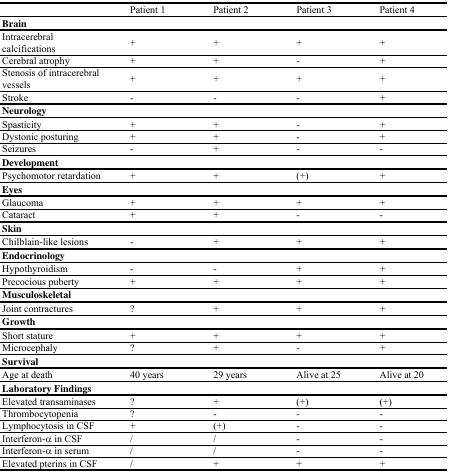
<table><thead><tr><td></td><td><b>Patient 1</b></td><td><b>Patient 2</b></td><td><b>Patient 3</b></td><td><b>Patient 4</b></td></tr></thead><tbody><tr><td colspan="5"><b>Brain</b></td></tr><tr><td>Intracerebral calcifications</td><td>+</td><td>+</td><td>+</td><td>+</td></tr><tr><td>Cerebral atrophy</td><td>+</td><td>+</td><td>-</td><td>+</td></tr><tr><td>Stenosis of intracerebral vessels</td><td>+</td><td>+</td><td>+</td><td>+</td></tr><tr><td>Stroke</td><td>-</td><td>-</td><td>-</td><td>+</td></tr><tr><td colspan="5"><b>Neurology</b></td></tr><tr><td>Spasticity</td><td>+</td><td>+</td><td>-</td><td>+</td></tr><tr><td>Dystonic posturing</td><td>+</td><td>+</td><td>-</td><td>+</td></tr><tr><td>Seizures</td><td>-</td><td>+</td><td>-</td><td>-</td></tr><tr><td colspan="5"><b>Development</b></td></tr><tr><td>Psychomotor retardation</td><td>+</td><td>+</td><td>(+)</td><td>+</td></tr><tr><td colspan="5"><b>Eyes</b></td></tr><tr><td>Glaucoma</td><td>+</td><td>+</td><td>+</td><td>+</td></tr><tr><td>Cataract</td><td>+</td><td>+</td><td>-</td><td>-</td></tr><tr><td colspan="5"><b>Skin</b></td></tr><tr><td>Chilblain-like lesions</td><td>-</td><td>+</td><td>+</td><td>+</td></tr><tr><td colspan="5"><b>Endocrinology</b></td></tr><tr><td>Hypothyroidism</td><td>-</td><td>-</td><td>+</td><td>+</td></tr><tr><td>Precocious puberty</td><td>+</td><td>+</td><td>+</td><td>+</td></tr><tr><td colspan="5"><b>Musculoskeletal</b></td></tr><tr><td>Joint contractures</td><td>?</td><td>+</td><td>+</td><td>+</td></tr><tr><td colspan="5"><b>Growth</b></td></tr><tr><td>Short stature</td><td>+</td><td>+</td><td>+</td><td>+</td></tr><tr><td>Microcephaly</td><td>?</td><td>+</td><td>-</td><td>+</td></tr><tr><td colspan="5"><b>Survival</b></td></tr><tr><td>Age at death</td><td>40 years</td><td>29 years</td><td>Alive at 25</td><td>Alive at 20</td></tr><tr><td colspan="5"><b>Laboratory Findings</b></td></tr><tr><td>Elevated transaminases</td><td>?</td><td>+</td><td>(+)</td><td>(+)</td></tr><tr><td>Thrombocytopenia</td><td>?</td><td>-</td><td>-</td><td>-</td></tr><tr><td>Lymphocytosis in CSF</td><td>+</td><td>(+)</td><td>-</td><td>-</td></tr><tr><td>Interferon-α in CSF</td><td>/</td><td>/</td><td>-</td><td>-</td></tr><tr><td>Interferon-α in serum</td><td>/</td><td>/</td><td>-</td><td>-</td></tr><tr><td>Elevated pterins in CSF</td><td>/</td><td>+</td><td>+</td><td>+</td></tr></tbody></table>